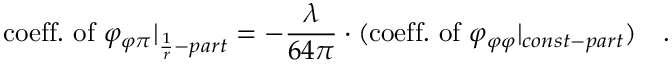
\mathrm { c o e f f . \ o f \ } \varphi _ { \varphi \pi } | _ { \frac { 1 } { r } - p a r t } = - \frac { \lambda } { 6 4 \pi } \cdot ( \mathrm { c o e f f . \ o f \ } \varphi _ { \varphi \varphi } | _ { c o n s t - p a r t } ) \ \ \ .